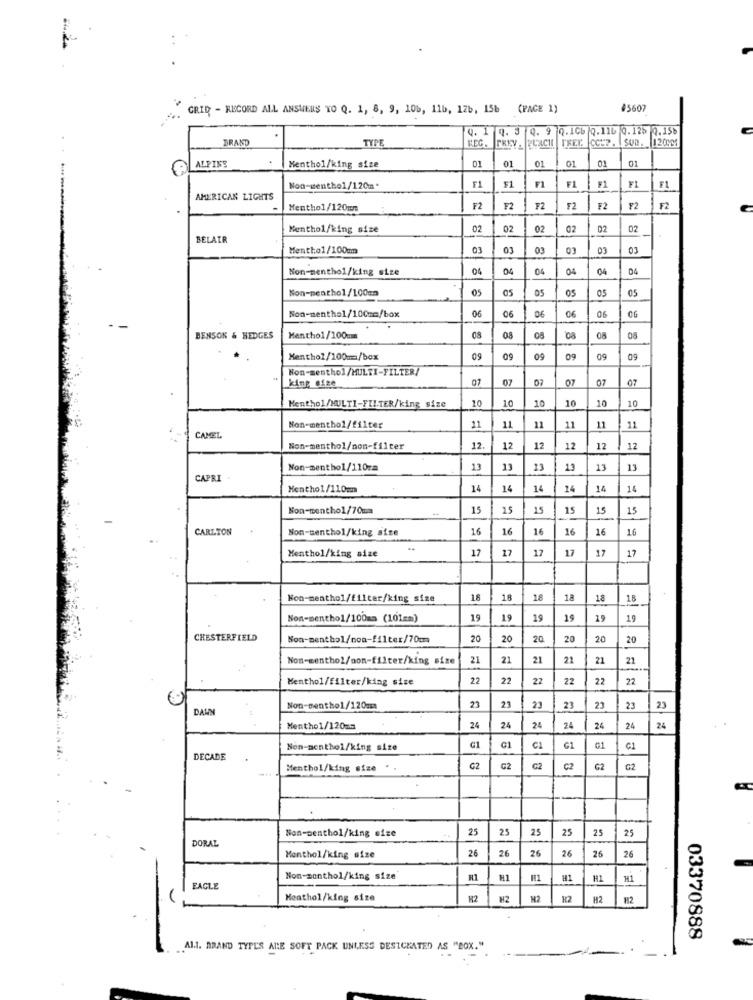
GRID - RECORD ALL ANSWERS TO Q. 1, 8, 9, 10%, 11b, 12b, 15b (PAGE 1)
4560
4. 1 0. 3 4. 9 0.1Cb Q.116 0. 125 0.15₺
BRAND
TYPE
FREY.
SUD.
1120M2%
KEC. THEY . PLACH
01
01
01
01
ALPINS
Menthol/king size
01
01
Non-wenthe1/120m.
#1
F1
AMERICAN LIGHTS
Menthol/120mm
F2
F2
F2
F2
F2
F2
F2
Menthol/king size
02
02
02
02
02
BELAIR
Menthol/100mm
03
03
Non-menthol/king size
04
04
Non-menthol/100mm
05
05
05
05
06
0€
06
06
Non-menthal/100mm/box
BENSON & HEDGES
Menthol/100m
08
08
08
Menthol/100mm/box
09
09
09
09
Non-menthol/MULTI-FILTER/
07
07
07
07
07
07
king ofise
10
10
10
10
10
Menthol/MULTI-FILTER/king size
10
Non-menthol/filter
11
11
11
11
11
11
CAMET.
Non-menthol/non-filter
12
12
12
12
12
12
Non-menthol/110za
13
13
13
13
13
13
CAPRI
Menthol/110mm
14
14
14
14
14
14
Non-nenthol/70mm
15
15
15
15
15
15
CARLTON
Non-menthol/king size
16
16
16
16
16
1.6
Menthol/king size
17
17
17
17
17
17
Non-menthol/filter/king size
18
18
18
18
18
18
Non-menthol/100ma (101mm)
19
19
19
15
19
10
CHESTERFIELD
Non-menthol/non-filter/70cm
20
20
20
20
20
Non-menthol/non-filter/king size
21
21
21
21
21
21
Menthol/filter/king size
22
22
22
22
22
22
DAWN
Non-menthol/120ma
2
23
23
23
Menthol/120mm
24
24
24
24
24
24
24
Non-menthol/king size
G1
G1
C1
G1
01
DECADE
Menthol/king size ..
G2
G2
C2
C2
G
G2
Non-Denthol/king size
25
25
25
25
25
25
DORAL
Menthol/king size
26
26
26
26
26
26
Non-monthol/king size'
H1
H1
H1
M1
FACLE
Heathol/king size
H2
H2
H2
03370888
Al.I. BRAND TYPES ALE SOFT PACK UNLESS DESIGNATED AS "BOX."